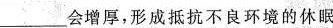
___会增厚，形成抵抗不良环境的休眠